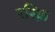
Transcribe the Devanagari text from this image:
रस्क्नि